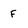
Character: F